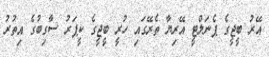
އޭރު ބީޖީގެ ޕެނަލްޓީ އޭރިޔާ ތެރޭގައި ހުރީ ބީޖީގެ ކީޕަރު ސާގިބުގެ އިތުރު